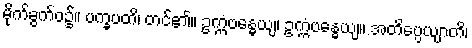
မိုက်ခွက်ဝ၌။ ပက္ခပတိ၊ တင်၏။ ဥက္ကံဗန္ဓေယျ၊ ဥက္ကံဗန္ဓေယျ။ အတိပ္ပေယျာတိ၊